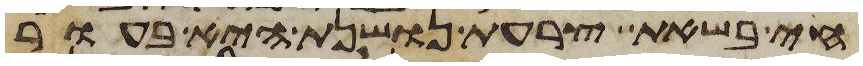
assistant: חי בשאת צרעת נושנת היא בעור